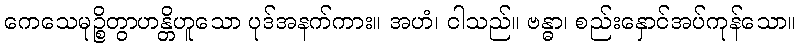
ကေသေမုဉ္စိတွာဟန္တိဟူသော ပုဒ်အနက်ကား။ အဟံ၊ ငါသည်။ ဗန္ဓာ၊ စည်းနှောင်အပ်ကုန်သော။